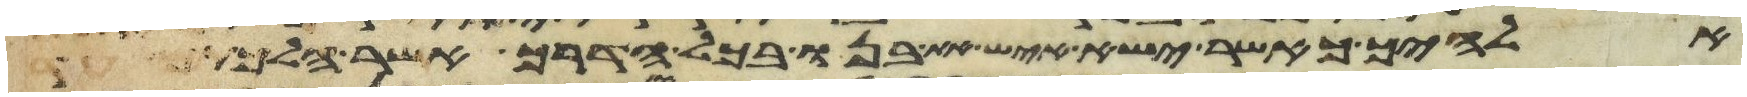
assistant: אלהיך כאשר ישא איש את בנו בכל הדרך אשר הלכתם